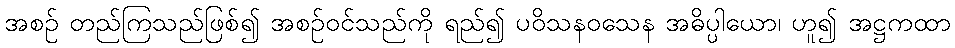
အစဉ် တည်ကြသည်ဖြစ်၍ အစဉ်ဝင်သည်ကို ရည်၍ ပဝိသနဝသေန အဓိပ္ပါယော၊ ဟူ၍ အဋ္ဌကထာ